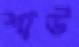
শাউ